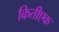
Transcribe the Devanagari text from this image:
कितीएक